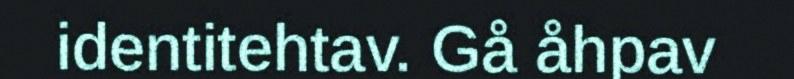
identitehtav. Gå åhpav